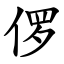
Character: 㑩